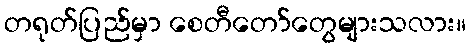
တရုတ်ပြည်မှာ စေတီတော်တွေများသလား။